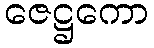
ဇေဋ္ဌကော